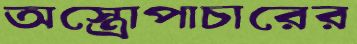
অস্ত্রোপাচারের